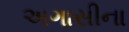
અગાસીના